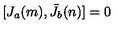
[ J _ { a } ( m ) , \bar { J } _ { b } ( n ) ] = 0